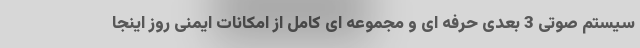
سیستم صوتی 3 بعدی حرفه ای و مجموعه ای کامل از امکانات ایمنی روز اینجا